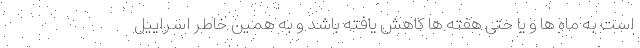
است به ماه ها و یا حتی هفته ها کاهش یافته باشد و به همین خاطر اسراییل